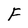
Character: F